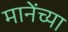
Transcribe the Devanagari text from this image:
मानेंच्या